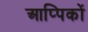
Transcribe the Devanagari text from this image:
आप्पिकों